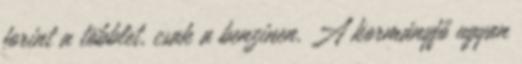
forint a többlet, csak a benzinen. A kormányfő ugyan